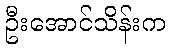
ဦးအောင်သိန်းက